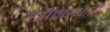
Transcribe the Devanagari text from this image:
स्त्रीवेषधारी